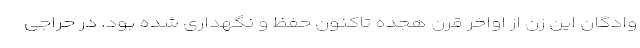
وادگان این زن از اواخر قرن هجده تاکنون حفظ و نگهداری شده بود. در حراجی